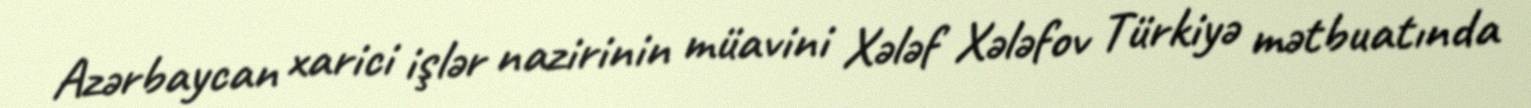
Azərbaycan xarici işlər nazirinin müavini Xələf Xələfov Türkiyə mətbuatında